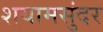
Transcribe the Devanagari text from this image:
शयामसुंदर